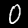
Label: 0